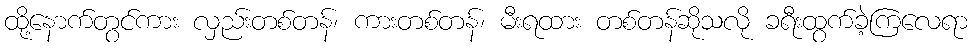
ထို့နောက်တွင်ကား လှည်းတစ်တန်၊ ကားတစ်တန်၊ မီးရထား တစ်တန်ဆိုသလို ခရီးထွက်ခဲ့ကြလေရာ